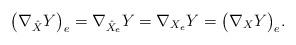
LaTeX: \begin{align*}\bigl(\nabla_{\hat X}Y\bigr)_e=\nabla_{\hat X_e}Y=\nabla_{X_e}Y=\bigl(\nabla_XY\bigr)_e.\end{align*}